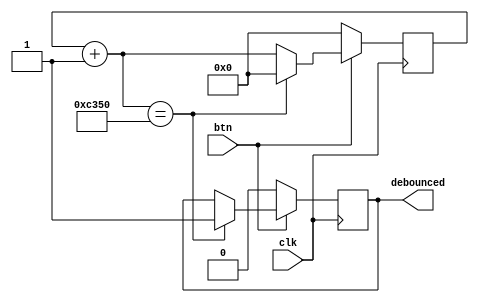
`timescale 1ns / 1ps
//////////////////////////////////////////////////////////////////////////////////
// Company: 
// Engineer: 
// 
// Design Name: 
// Module Name:    debouncer 
// Project Name: 
// Target Devices: 
// Tool versions: 
// Description: 
//
// Dependencies: 
//
// Revision: 
// Revision 0.01 - File Created
// Additional Comments: 
//
//////////////////////////////////////////////////////////////////////////////////
module debouncer(input clk, input btn, output reg debounced);
	reg[15:0] ctr;

	always @ (posedge clk) begin
		if (btn == 1'b0) begin
			ctr = 0;
			debounced = 0;
		end
		else begin
			ctr = ctr + 1;
			if (ctr == 50000)
			begin
				ctr = 0;
				debounced = 1;
			end
		end
	end

endmodule